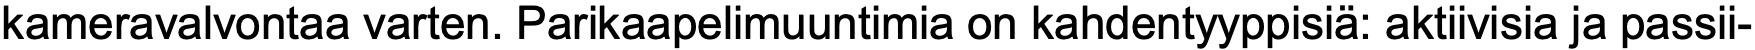
kameravalvontaa varten. Parikaapelimuuntimia on kahdentyyppisiä: aktiivisia ja passii-